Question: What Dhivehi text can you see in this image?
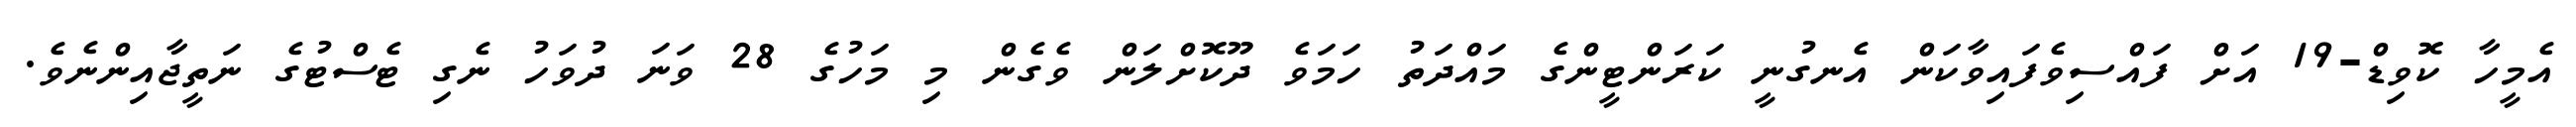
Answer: އެމީހާ ކޮވިޑް-19 އަށް ފައްސިވެފައިވާކަން އެނގުނީ ކަރަންޓީންގެ މައްދަތު ހަމަވެ ދޫކޮށްލަން ވެގެން މި މަހުގެ 28 ވަނަ ދުވަހު ނެގި ޓެސްޓުގެ ނަތީޖާއިންނެވެ.